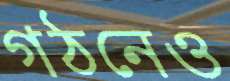
গঠনেও